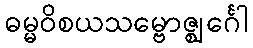
ဓမ္မဝိစယသမ္ဗောဇ္ဈင်္ဂေါ